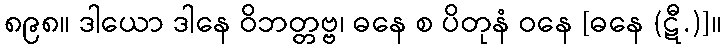
၈၉၈။ ဒါယော ဒါနေ ဝိဘတ္တဗ္ဗ၊ ဓနေ စ ပိတုနံ ဝနေ [ဓနေ (ဋီ.)]။